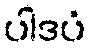
ပါဒပံ